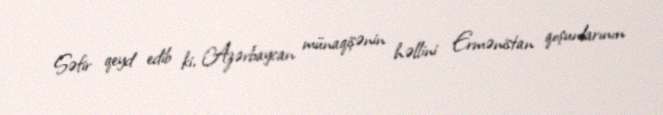
Səfir qeyd edib ki, Azərbaycan münaqişənin həllini Ermənistan qoşunlarının